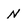
Character: n